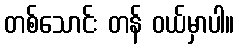
တစ်သောင်း တန် ဝယ်မှာပါ။